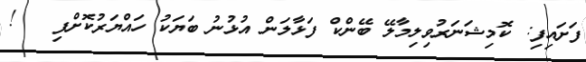
ފަށައިފި: ކޮމިޝަނަރުވިލިމާލޭ ބޭންކް ފަޅާލަން އުޅުނު ބަޔަކު ހައްޔަރުކޮށްފި   !